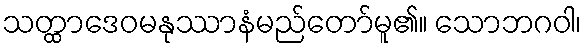
သတ္ထာဒေဝမနုဿာနံမည်တော်မူ၏။ သောဘဂဝါ၊